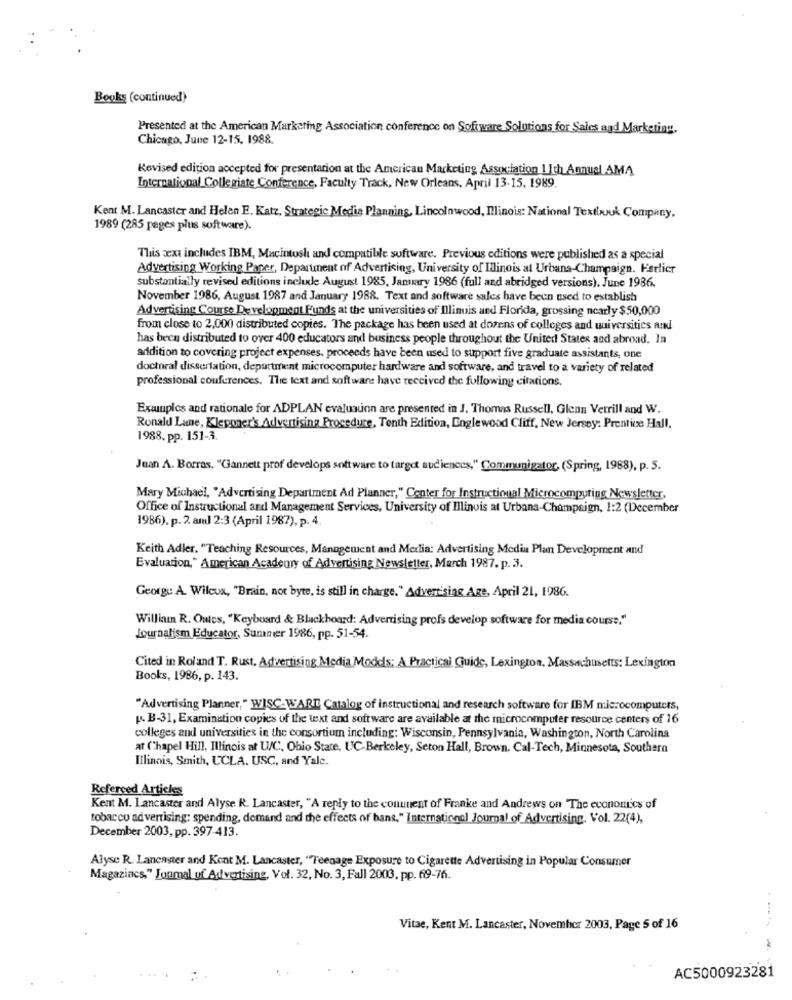
Books (continued)
Presented at the American Marketing Association conference on Software Solutions for Sales and Marketing.
Chicago, June 12-15, 1988.
Revised edition accepted for presentation at the American Marketing Association 1 Ith Annual AMA
International Collegiate Conference, Faculty Track, New Orleans, April 13-15, 1989.
Kent M. Lancaster and Helen E. Katz, Strategic Medie Planning, Lincolnwood, Illinois: National Textbouk Company,
1989 (285 pages plus software).
This text includes IBM, Macintosh and compatible software. Previous editions were published as a special
Advertising Working Paper, Department of Advertising, University of Illinois at Urbana-Champaign. Farlicr
substantially revised editions include August 1985, January 1986 (full and abridged versions). June 1986.
November 1986, August 1987 and January 1988. Text and software sales have been used to establish
Advertising Course Development Funds at the universities of Illinois and Florida, grossing nearly $50,000
from close to 2,000 distributed copies. The package has been used at dozens of colleges and universities and
has been distributed to over 400 educators and business people throughout the United States and abroad. In
addition to covering project expenses, proceeds have been used to support five graduate assistants, one
doctoral dissertation, department microcomputer hardware and software, and travel to a variety of related
professional couferences. The text and software have received the following citations
Examples and rationale for ADPLAN evaluaunn are presented in J. Thomas Russell, Glenn Verrill and W.
Ronald Lane, Kleponer's Advertising Procedure, Tenth Edition, Englewood Cliff, New Jersey: Prentice Hall.
1988, pp. 151-3.
Juan A. Borras, "Gannett prof develops software to target audiences," Communigator (Spring, 1988), p. 5.
Mary Michael, "Advertising Department Ad Planner," Center for Instructional Microcomputing Newsletter,
Office of Instructional and Management Services, University of Illinois at Urbana-Champaign, 1:2 (December
1986). p. 2. am] 2:3 (April 1987), p. 4
Keith Adler. "Teaching Resources, Management and Media: Advertising Media Plan Development and
Evaluation," American Academy of Advertising Newsletter, March 1987. p. 3.
George A. Wileux, "Brain, not byte, is still in charge." Advertising Age, April 21, 1986.
William R. Oules, "Keyboard & Blackboard: Advertising profs develop software for media course."
Journalism Educator, Summer 1986, pp. 51-54.
Cited in Roland T. Rust, Advertising Media Models: A Practical Guide, Lexington, Massachusetts: Lexington
Books, 1986, p. 143.
"Advertising Planner," WISC-WARE Catalog of instructional and research software for IBM microcomputers,
L. B-31, Examination copies of the text and software are available at the microcomputer resource centers of 16
colleges and universities in the consortium including: Wisconsin, Pennsylvania, Washington, North Carolina
at Chapel Hill, Illinois at U/C, Ohio State, UC Berkeley, Seton Hall, Brown, Cal-Tech, Minnesota, Southern
Illinois, Smith, UCLA. USC, and Yale.
Refereed Articles
Kent M. Lancaster and Alyse R. Lancaster, "A reply to the conunent of Franke and Andrews on The economics of
tobacco advertising: spending, demand and the effects of bans," International Journal of Advertising. Vol. 22(4),
December 2003, pp. 397-413.
Alyse R. Lancaster and Kent M. Lancaster, "Teenage Exposure to Cigarette Advertising in Popular Consumer
Magazincs," Jonmal uf Advertising, Vol. 32, No. 3, Fall 2003, pp. 69-76.
Vitae, Kent M. Lancaster, November 2003, Page 5 of 16
AC5000923281